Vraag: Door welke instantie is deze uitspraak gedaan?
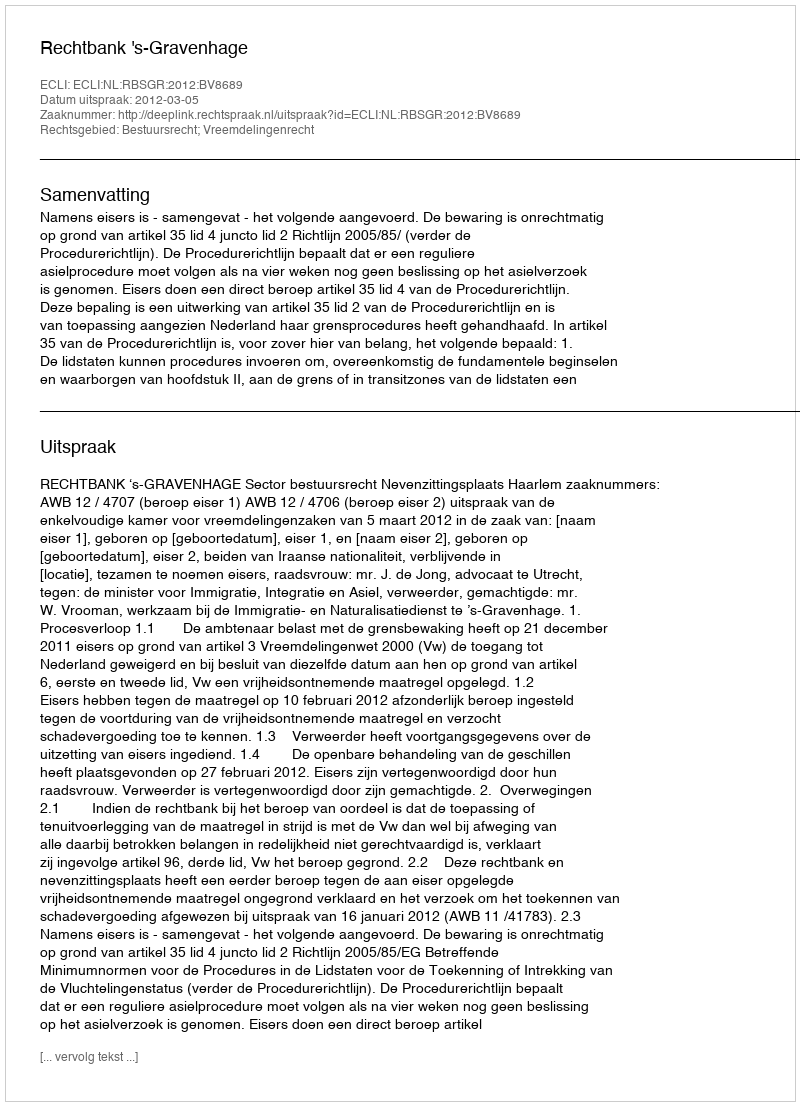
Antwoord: Rechtbank 's-Gravenhage